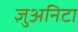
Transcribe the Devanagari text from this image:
ज्ञुअनिटा